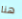
هنا